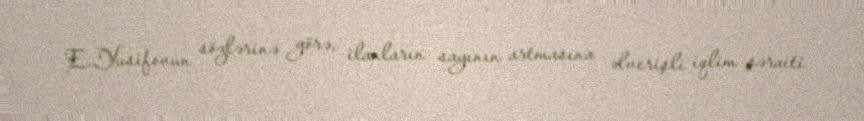
E.Yusifovun sözlərinə görə, ilanların sayının artmasına əlverişli iqlim şəraiti